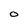
Character: O